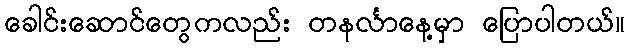
ခေါင်းဆောင်တွေကလည်း တနင်္လာနေ့မှာ ပြောပါတယ်။